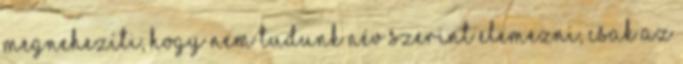
megnehezíti, hogy nem tudunk név szerint elemezni, csak az